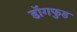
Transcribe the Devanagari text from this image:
डॉगफुड